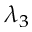
\lambda _ { 3 }